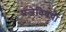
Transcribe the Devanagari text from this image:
प्रजेविषयीं